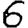
Digit: 6